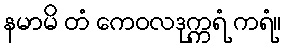
နမာမိ တံ ကေဝလဒုက္ကရံ ကရံ။